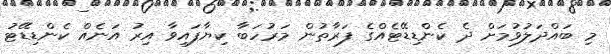
މި ބައްދަލުވުމަށް ދެ ކެންޑިޑޭޓެއްގެ ފަރާތުން މަރުހަބާ ކިޔާފައިވާ އިރު އަނެއް ކެންޑިޑޭޓު